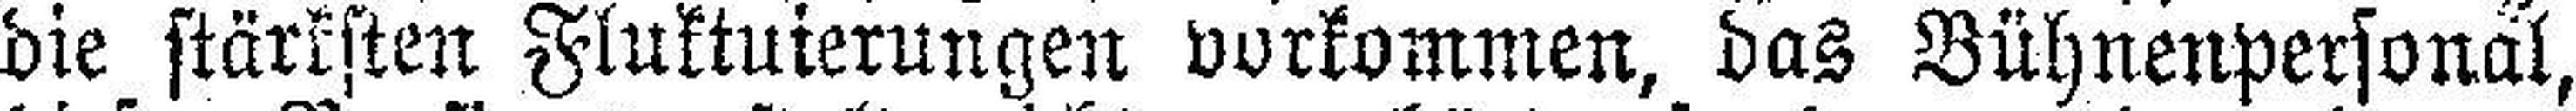
die stärksten Fluktuierungen vorkommen, das Bühnenpersonal,